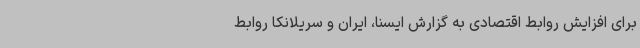
برای افزایش روابط اقتصادی به گزارش ایسنا، ایران و سریلانکا روابط